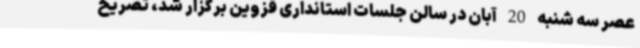
عصر سه شنبه 20 آبان در سالن جلسات استانداری قزوین برگزار شد، تصریح